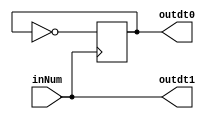
module time_create(inNum,outdt0,outdt1);
	input inNum;
	output reg outdt0;
	output outdt1;
	
	assign outdt1 = inNum;

	always @ (posedge inNum)
		outdt0 <= ~outdt0;
	
	initial outdt0 <= 0;

endmodule